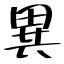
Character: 異